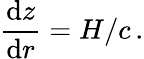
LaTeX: \frac{\mathrm{d}z}{\mathrm{d}r}=H/c\, .